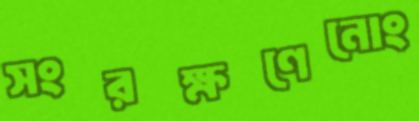
সংরক্ষণেনোং